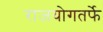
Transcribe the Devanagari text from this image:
राजयोगतर्फे